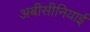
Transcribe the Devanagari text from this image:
अबीसीनियाई